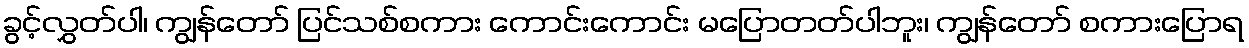
ခွင့်လွှတ်ပါ၊ ကျွန်တော် ပြင်သစ်စကား ကောင်းကောင်း မပြောတတ်ပါဘူး၊ ကျွန်တော် စကားပြောရ